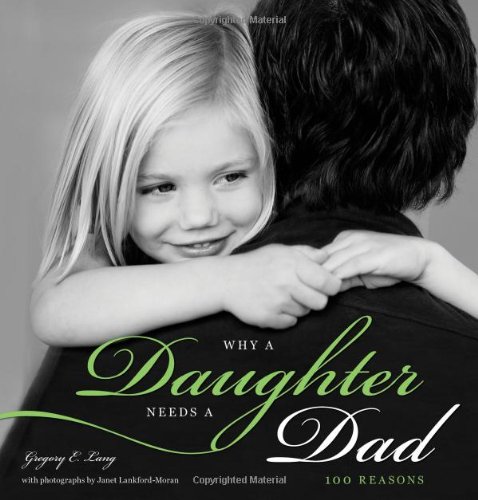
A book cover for Why a Daughter Needs a Dad: 100 Reasons; Gregory Lang; Parenting & Relationships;